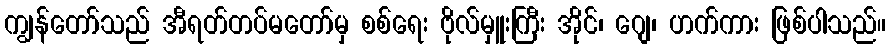
ကျွန်တော်သည် အီရတ်တပ်မတော်မှ စစ်ရေး ဗိုလ်မှူးကြီး အိုင်၊ ဂျေ၊ ဟက်ကား ဖြစ်ပါသည်။